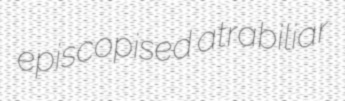
episcopised atrabiliar